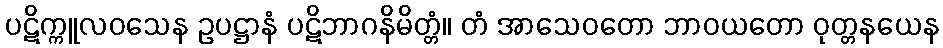
ပဋိက္ကူလဝသေန ဥပဋ္ဌာနံ ပဋိဘာဂနိမိတ္တံ။ တံ အာသေဝတော ဘာဝယတော ဝုတ္တနယေန